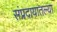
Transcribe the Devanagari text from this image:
संप्रदायातल्या